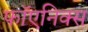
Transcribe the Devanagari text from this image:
फॉएनिक्स